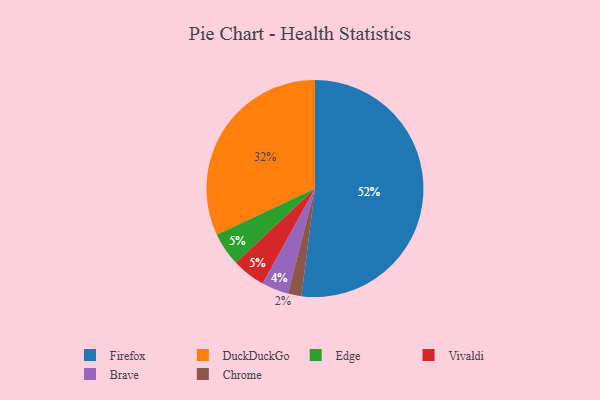
{"axis": {"x": "Category", "y": "Percentage"}, "legend": ["Brave", "Chrome", "DuckDuckGo", "Edge", "Firefox", "Vivaldi"], "data": [{"x": "Chrome", "y": 2, "type": "Chrome"}, {"x": "Brave", "y": 4, "type": "Brave"}, {"x": "Firefox", "y": 52, "type": "Firefox"}, {"x": "Edge", "y": 5, "type": "Edge"}, {"x": "DuckDuckGo", "y": 32, "type": "DuckDuckGo"}, {"x": "Vivaldi", "y": 5, "type": "Vivaldi"}]}